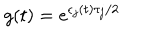
g ( t ) = e ^ { \epsilon _ { j } ( t ) \tau _ { j } / 2 }